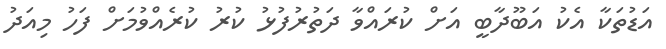
އަޑުތަކާ އެކު އަބޫދާބީ އަށް ކުރައްވާ ދަތުރުފުޅު ކުރު ކުރެއްވުމަށް ފަހު މިއަދު